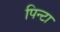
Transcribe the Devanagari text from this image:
पिन्टा